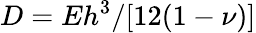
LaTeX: D=Eh^{3}/[12(1-\nu)]